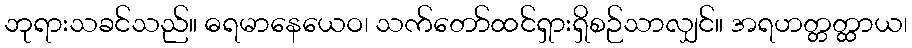
ဘုရားသခင်သည်။ ဓရမာနေယေဝ၊ သက်တော်ထင်ရှားရှိစဉ်သာလျှင်။ အရဟတ္တတ္ထာယ၊